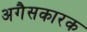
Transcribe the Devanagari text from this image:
अगैसकारक